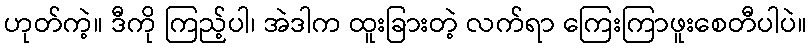
ဟုတ်ကဲ့။ ဒီကို ကြည့်ပါ၊ အဲဒါက ထူးခြားတဲ့ လက်ရာ ကြေးကြာဖူးစေတီပါပဲ။